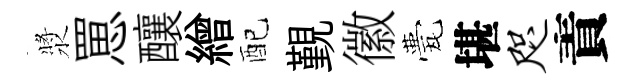
漿罳釀繒配覲徽甍堪咫責